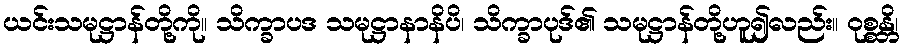
ယင်းသမုဋ္ဌာန်တို့ကို။ သိက္ခာပဒ သမုဋ္ဌာနာနိပိ၊ သိက္ခာပုဒ်၏ သမုဋ္ဌာန်တို့ဟူ၍လည်း။ ဝုစ္စန္တိ၊